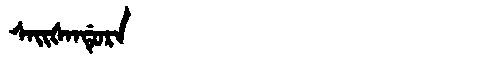
Manchu: ᠰᠠᡳᡧᠠᠨᡩᡠᡵᠠ
Romanization: SAIŠANDURA